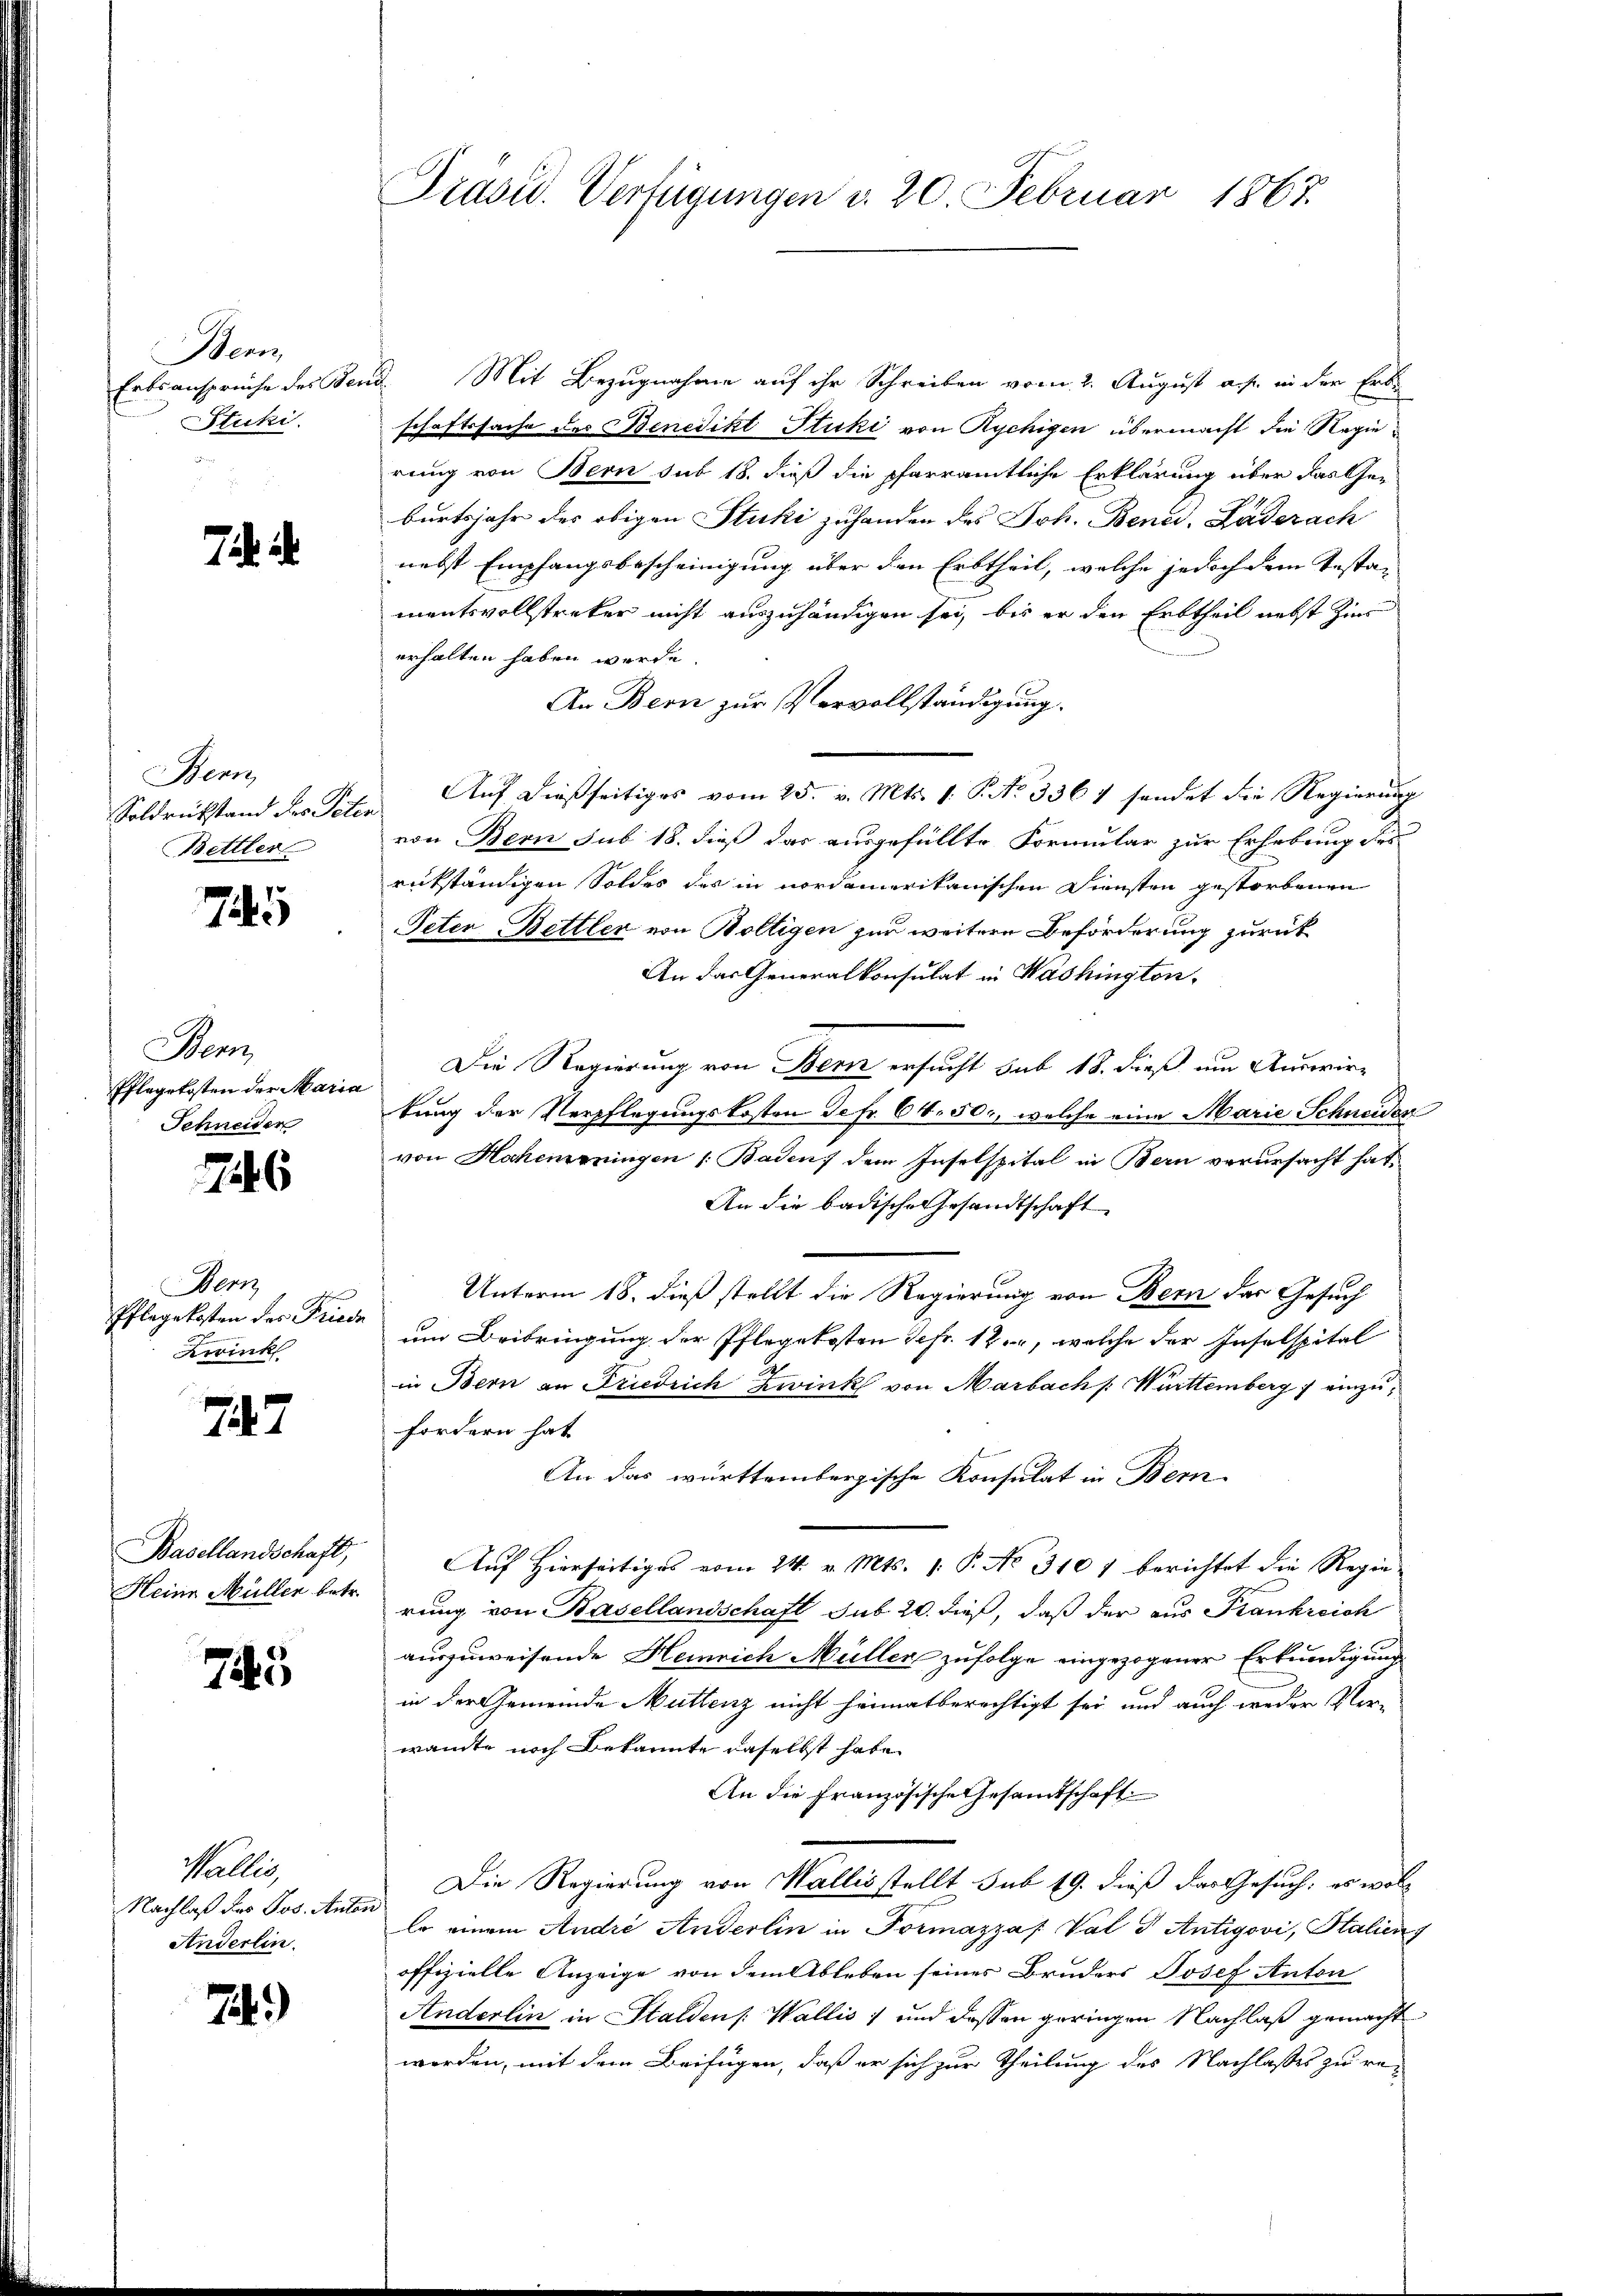
Bern
Erbsansprüche des Ber
Stucki.

Ja. a.

Bern,
Soldrückstand des Peter
Bettler

745

Bern,
Pflegekosten der Maria
Schneider

746

Der
d
Pflegekosten des Friede
Zwink

747

Basellandschaft,
Heine Müller betr.

75

Wallis,
Nachlaß des Jos. Anton
Anderlin.

72.)

Präsid. Verfügungen d. 20 Februar 1867.

a. Mit Bezugnahme auf ihr Schreiben vom 2. August aus. in der Erb-
schaftssache des Benedikt Stuki von Rychigen übermacht die Regierung von Bern sub 18. dieß die pfarramtliche Erklärung über das Ge-
burtsjahr des obigen Stucki zuhanden des Joh. Bened. Laderach
nebst Empfangsbescheinigung über den Erbtheil, welche jedoch dem Testa-
mentsvollstreker nicht auszuhändigen sei, bis er den Erbtheil nebst Zins
erhalten haben werde.
An Bern zur Vervollständigung.
Auf dießseitiges vom 25. v. Mts. 1. P. No 3364 sendet die Regierung
von Bern sub 18. dieß das ausgefüllte Formular zur Erhebung des
rückständigen Soldes des in nordamerikanischen Diensten gestorbenen
Peter Bettler von Boltigen zur weitere Beförderung zurück
An das Generalkonsulat in Washington.
Die Regierung von Bern ersucht sub 18. dieß um Auswirtung der Verpflegungskosten Defr. 64. 50, welche eine Marie Schneiden
von Hohenningen Baden, dem Inselspital in Bern verursacht hat.
An die badische Gesandtschaft
Unterm 18. dieß stellt die Regierung von Bern das Gesuch
um Beibringung der Pflegekosten Sefr. 12., welche der Insolspital
in Bern an Friedrich Zwink von Marbach /: Württemberg einzufordern hat
An das württembergische Konsulat in Bern
Auf Hierseitiges vom 24. v. Mts. 1. P. No. 3101 berichtet die Regierung von Basellandschaft sub 20. dieß, daß der aus Frankreich
auszuweisende Heinrich Müller zufolge eingezogener Erkundigung
in der Gemeinde Muttenz nicht heimatberechtigt sei und auch weder Ver-
wandte noch bekannte daselbst habe
An die Französische Gesandtschaft
Die Regierung von Wallis stellt sub 19. dieß das Gesuch, es woll
Er einem Andre Anderlin in Formazza Val & Antigovi, Stalien
offizielle Anzeige von dem Ableben seines Bruders Josef Anton
Anderlin in Stalden /: Wallis, und dessen geringen Nachlaß gemacht
worden, mit dem Beifügen, daß er sich zur Theilung des Nachlasses zu re-